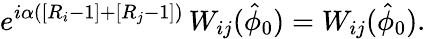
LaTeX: e^{i\alpha\left(\left[R_{i}-1\right]+\left[R_{j}-1\right]\right)}\, W_{ij}(\hat{\phi}_{0})=W_{ij}(\hat{\phi}_{0}).